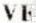
VE